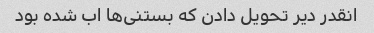
انقدر دیر تحویل دادن که بستنی‌ها اب شده بود